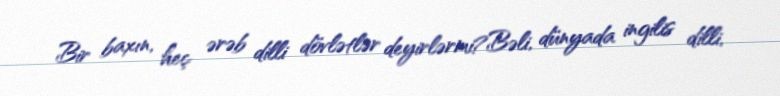
Bir baxın, heç ərəb dilli dövlətlər deyirlərmi?Bəli, dünyada ingilis dilli,